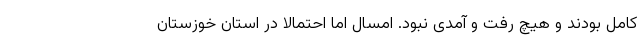
کامل بودند و هیچ رفت‌ و آمدی نبود. امسال اما احتمالا در استان خوزستان